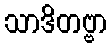
သာဒိတဗ္ဗာ